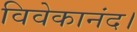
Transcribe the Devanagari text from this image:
विवेकानंद।